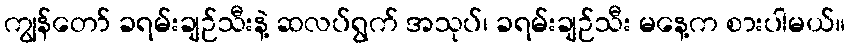
ကျွန်တော် ခရမ်းချဉ်သီးနဲ့ ဆလပ်ရွက် အသုပ်၊ ခရမ်းချဉ်သီး မနေ့က စားပါမယ်။